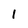
Character: I